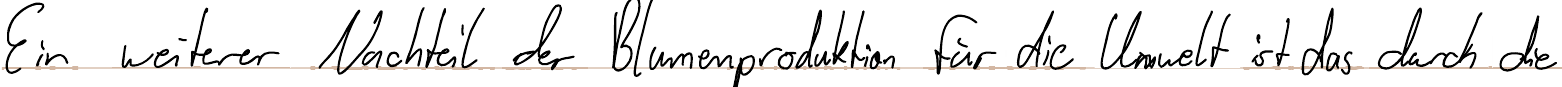
Ein weiterer Nachteil der Blumenproduktion für die Umwelt ist das durch die